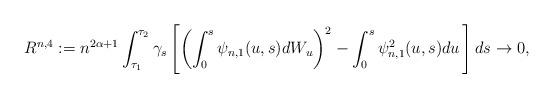
LaTeX: \begin{align*} R^{n,4}:= n^{2\alpha+1}\int_{\tau_1}^{\tau_2}\gamma_s \left[\left( \int^{s}_0 \psi_{n,1}(u,s) dW_u\right)^2- \int^{s}_0\psi_{n,1}^2(u,s)du \,\right] ds \rightarrow 0,\end{align*}